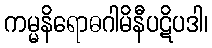
ကမ္မနိရောဓဂါမိနီပဋိပဒါ၊